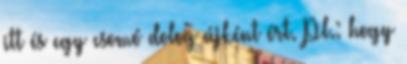
itt és egy csomó dolog újként ért. Pl.: hogy